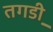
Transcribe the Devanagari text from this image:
तगडी़